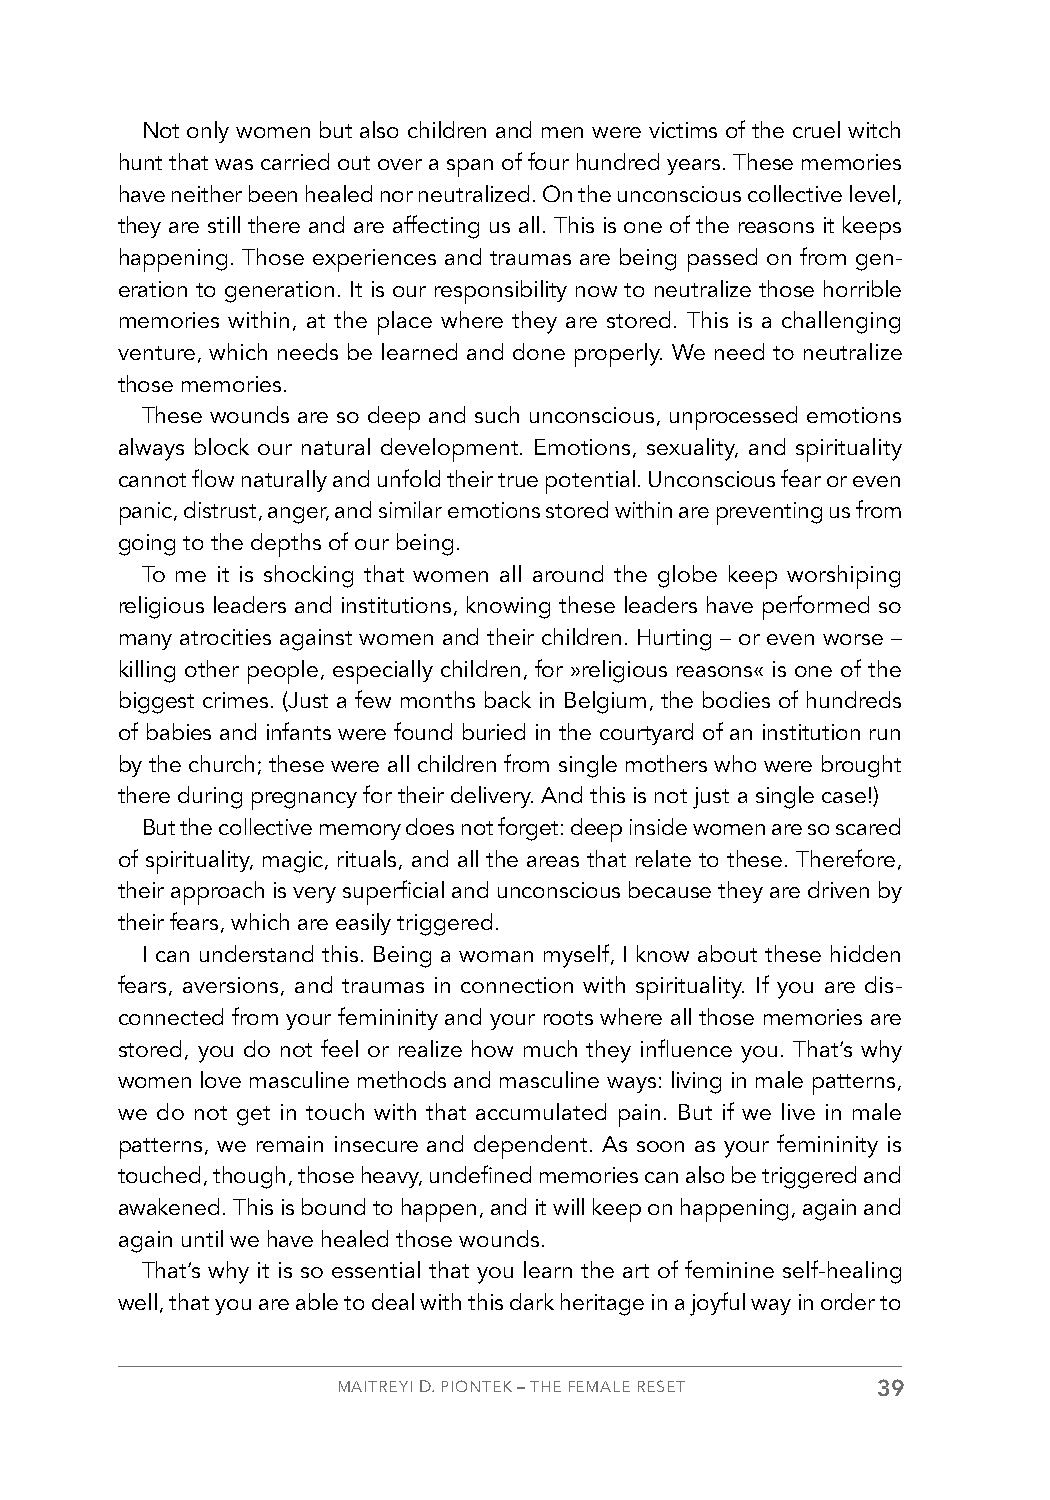
Not only women but also children and men were victims of the cruel witch
 hunt that was carried out over a span of four hundred years. These memories
 have neither been healed nor neutralized. On the unconscious collective level,
 they are still there and are affecting us all. This is one of the reasons it keeps
 happening. Those experiences and traumas are being passed on from gen-
 eration to generation. It is our responsibility now to neutralize those horrible
 memories within, at the place where they are stored. This is a challenging
 venture, which needs be learned and done properly. We need to neutralize
 those memories.
 These wounds are so deep and such unconscious, unprocessed emotions
 always block our natural development. Emotions, sexuality, and spirituality
 cannot flow naturally and unfold their true potential. Unconscious fear or even
 panic, distrust, anger, and similar emotions stored within are preventing us from
 going to the depths of our being.
 To me it is shocking that women all around the globe keep worshiping
 religious leaders and institutions, knowing these leaders have performed so
 many atrocities against women and their children. Hurting – or even worse –
 killing other people, especially children, for »religious reasons« is one of the
 biggest crimes. (Just a few months back in Belgium, the bodies of hundreds
 of babies and infants were found buried in the courtyard of an institution run
 by the church; these were all children from single mothers who were brought
 there during pregnancy for their delivery. And this is not just a single case!)
 But the collective memory does not forget: deep inside women are so scared
 of spirituality, magic, rituals, and all the areas that relate to these. Therefore,
 their approach is very superficial and unconscious because they are driven by
 their fears, which are easily triggered.
 I can understand this. Being a woman myself, I know about these hidden
 fears, aversions, and traumas in connection with spirituality. If you are dis-
 connected from your femininity and your roots where all those memories are
 stored, you do not feel or realize how much they influence you. That’s why
 women love masculine methods and masculine ways: living in male patterns,
 we do not get in touch with that accumulated pain. But if we live in male
 patterns, we remain insecure and dependent. As soon as your femininity is
 touched, though, those heavy, undefined memories can also be triggered and
 awakened. This is bound to happen, and it will keep on happening, again and
 again until we have healed those wounds.
 That’s why it is so essential that you learn the art of feminine self-healing
 well, that you are able to deal with this dark heritage in a joyful way in order to
 MAITREYI D. PIONTEK – THE FEMALE RESET 39